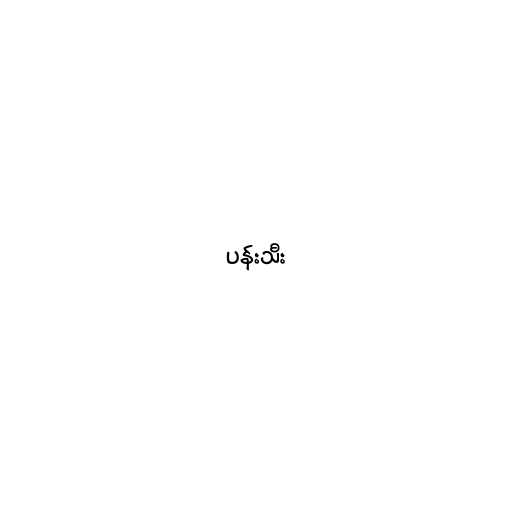
ပန်းသီး